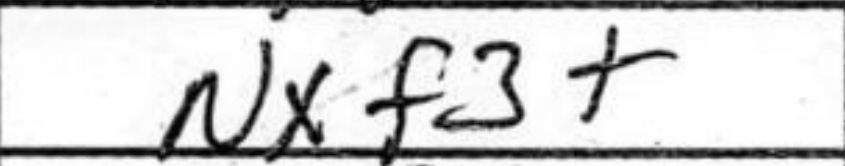
Transcription: Nxf3+